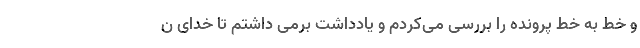
و خط به خط پرونده را بررسی می‌کردم و یادداشت برمی داشتم تا خدای ن